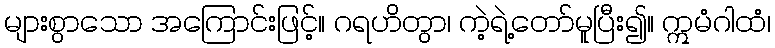
များစွာသော အကြောင်းဖြင့်။ ဂရဟိတွာ၊ ကဲ့ရဲ့တော်မူပြီး၍။ ဣမံဂါထံ၊